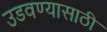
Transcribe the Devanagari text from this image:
उडवण्यासाठी